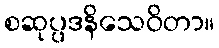
စဆုပ္ပဒနိသေဝိတာ။